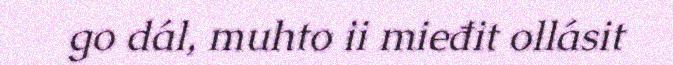
go dál, muhto ii mieđit ollásit